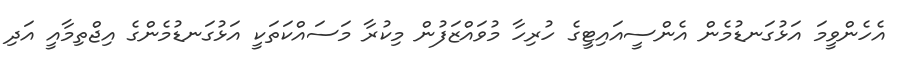
އެހެންވީމަ އަޅުގަނޑުމެން އެންސީއައިޓީގެ ހުރިހާ މުވައްޒަފުން މިކުރާ މަސައްކަތަކީ އަޅުގަނޑުމެންގެ އިޖްތިމާއީ އަދި